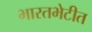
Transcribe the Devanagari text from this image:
भारतभेटीत